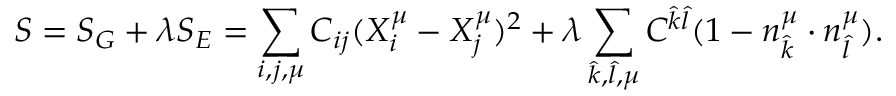
\protect S = S _ { G } + \lambda S _ { E } = \sum _ { i , j , \mu } C _ { i j } ( X _ { i } ^ { \mu } - X _ { j } ^ { \mu } ) ^ { 2 } + \lambda \sum _ { \hat { k } , \hat { l } , \mu } C ^ { \hat { k } \hat { l } } ( 1 - n _ { \hat { k } } ^ { \mu } \cdot n _ { \hat { l } } ^ { \mu } ) .